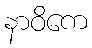
နာဝိကေ